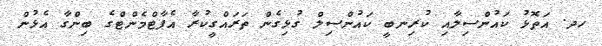
ހދ. އަތޮޅު ކައުންސިލާއި ކުރިނބީ ކައުންސިލް ގުޅިގެން ތަރައްގީކުރާ އެޕާޓްމެންޓްގެ ބިންގާ އެޅުން